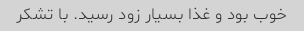
خوب بود و غذا بسیار زود رسید. با تشکر